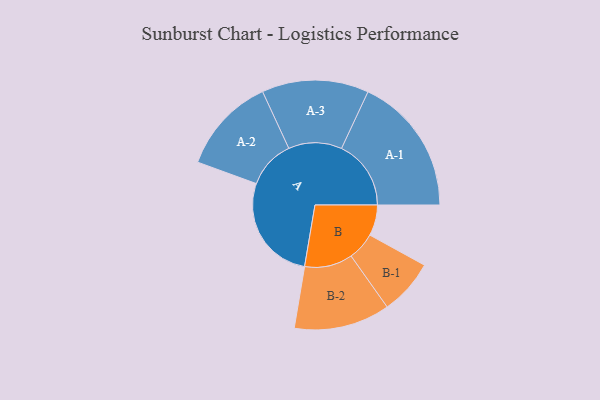
{"axis": {"x": "Segment", "y": "Value"}, "legend": ["", "A", "B"], "data": [{"x": "A", "y": 461, "type": ""}, {"x": "B", "y": 132, "type": ""}, {"x": "A-1", "y": 298, "type": "A"}, {"x": "A-2", "y": 207, "type": "A"}, {"x": "A-3", "y": 229, "type": "A"}, {"x": "B-1", "y": 119, "type": "B"}, {"x": "B-2", "y": 206, "type": "B"}]}